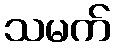
သမက်